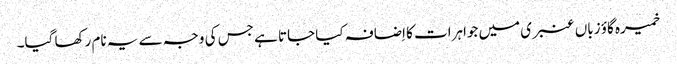
خمیرہ گاؤ زباں عنبری میں جواہرات کا اِضافہ کیا جاتا ہے جس کی وجہ سے یہ نام رکھا گیا۔